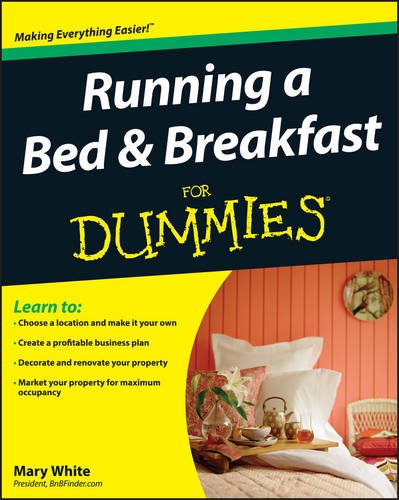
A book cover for Running a Bed and Breakfast For Dummies; Mary White; Business & Money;